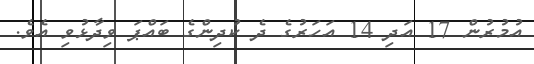
އުމުރުން 17 އަދި 14 އަހަރުގެ ދެ ކުދިންގެ ބައްޕަ ވިދާޅުވި އެވެ.